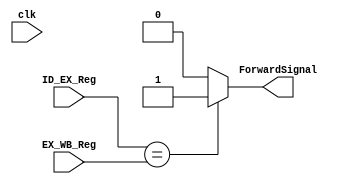
`timescale 1ns / 1ps

module forwardingunit(
    input clk,
    input [2:0] EX_WB_Reg,
    input [2:0] ID_EX_Reg,
    output reg ForwardSignal
    );
    
    always @(*) begin
        if (ID_EX_Reg == EX_WB_Reg)
            ForwardSignal <= 1;    
        else
            ForwardSignal <= 0;
    end
endmodule